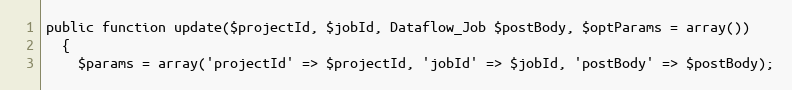
Language: PHP
public function update($projectId, $jobId, Dataflow_Job $postBody, $optParams = array())
  {
    $params = array('projectId' => $projectId, 'jobId' => $jobId, 'postBody' => $postBody);